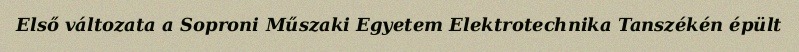
Első változata a Soproni Műszaki Egyetem Elektrotechnika Tanszékén épült